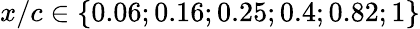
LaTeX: x/c\in\{ 0.06;0.16;0.25;0.4;0.82;1\}